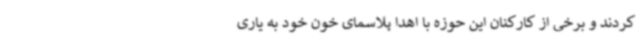
کردند و برخی از کارکنان این حوزه با اهدا پلاسمای خون خود به یاری